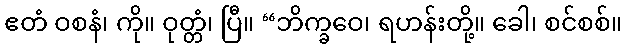
ဧတံ ဝစနံ၊ ကို။ ဝုတ္တံ၊ ပြီ။ “ဘိက္ခဝေ၊ ရဟန်းတို့။ ခေါ၊ စင်စစ်။